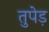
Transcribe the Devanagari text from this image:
तुपेड़